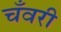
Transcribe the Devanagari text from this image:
चँवरी